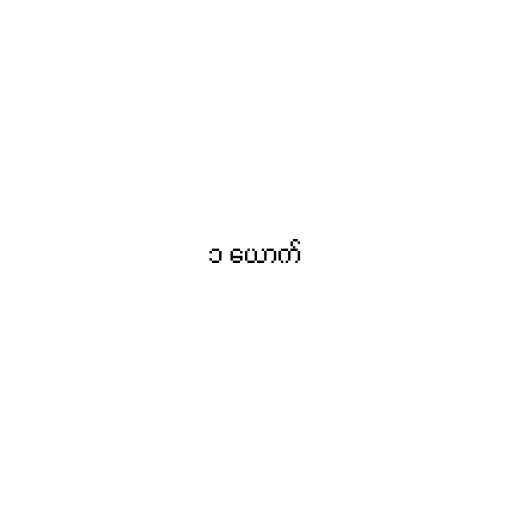
၁ ယောက်